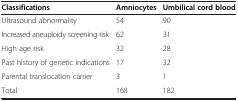
<table><thead><tr><td><b>Classifications</b></td><td><b>Amniocytes</b></td><td><b>Umbilical cord blood</b></td></tr></thead><tbody><tr><td>Ultrasound abnormality</td><td>54</td><td>90</td></tr><tr><td>Increased aneuploidy screening risk</td><td>62</td><td>31</td></tr><tr><td>High age risk</td><td>32</td><td>28</td></tr><tr><td>Past history of genetic indications</td><td>17</td><td>32</td></tr><tr><td>Parental translocation carrier</td><td>3</td><td>1</td></tr><tr><td>Total</td><td>168</td><td>182</td></tr></tbody></table>